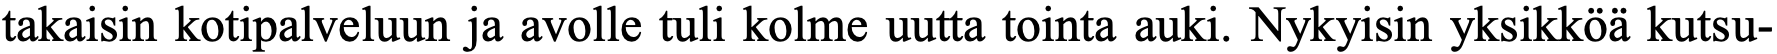
takaisin kotipalveluun ja avolle tuli kolme uutta tointa auki. Nykyisin yksikköä kutsu-